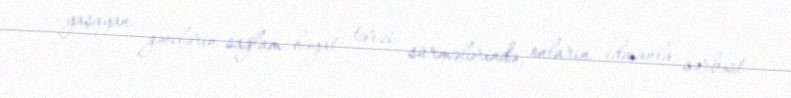
yaşayan gənclərin sağlam həyat tərzi sürmələrində, onların idmanla sərbəst